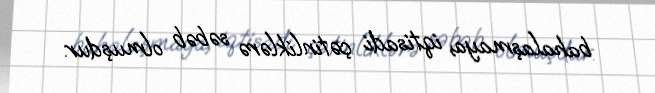
bahalaşmaya, iqtisadi çətinliklərə səbəb olmuşdur.